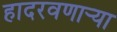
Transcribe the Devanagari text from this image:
हादरवणार्‍या